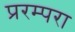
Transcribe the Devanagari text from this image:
प्ररम्परा